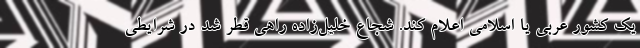
یک کشور عربی یا اسلامی اعلام کند. شجاع خلیل‌زاده راهی قطر شد در شرایطی